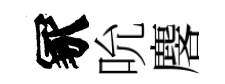
冢吮麐